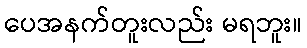
ပေအနက်တူးလည်း မရဘူး။